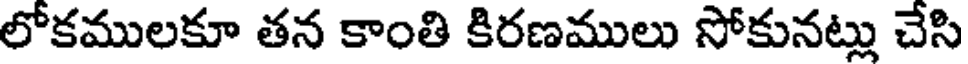
లోకములకూ తన కాంతి కిరణములు సోకునట్లు చేసి